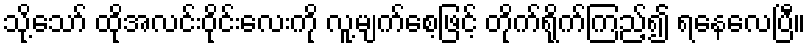
သို့သော် ထိုအလင်းဝိုင်းလေးကို လူ့မျက်စေ့ဖြင့် တိုက်ရိုက်ကြည့်၍ ရနေလေပြီ။